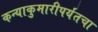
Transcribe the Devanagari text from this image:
कन्याकुमारीपर्यंतचा